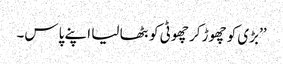
’’بڑی کو چھوڑ کر چھوٹی کو بٹھا لیا اپنے پاس۔